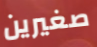
صغيرين